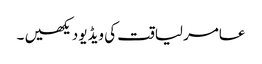
عامر لیاقت کی ویڈیو دیکھیں ۔